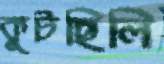
কুটছিলি